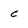
Character: c